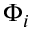
\Phi _ { i }